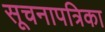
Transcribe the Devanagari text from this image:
सूचनापत्रिका